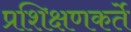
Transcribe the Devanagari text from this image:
प्रशिक्षणकर्ते